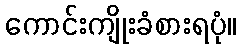
ကောင်းကျိုးခံစားရပုံ။